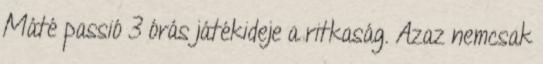
Máté passió 3 órás játékideje a ritkaság. Azaz nemcsak